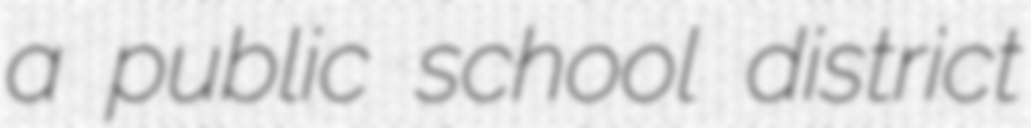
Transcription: a public school district